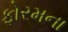
ફોરમના